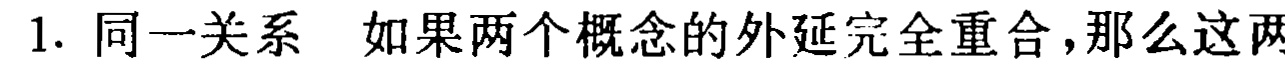
1. 同一关系 如果两个概念的外延完全重合，那么这两